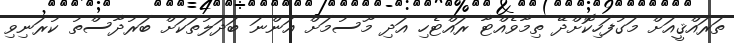
ތަރައްޤީއަށް މަގުފަހިކޮށްދޭ ތިމާވެއްޓާ ރައްޓެހި އަދި މޫސުމަށް އަންނަ ބަދަލުތަކަށް ބަރުދާސްތު ކުރަނިވި